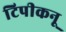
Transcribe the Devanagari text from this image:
टिपीकनू